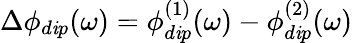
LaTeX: \Delta\phi_{d\mathit{i}p}(\omega)=\phi_{d\mathit{i}p}^{(1)}(\omega)-\phi_{d\mathit{i}p}^{(2)}(\omega)